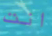
انت